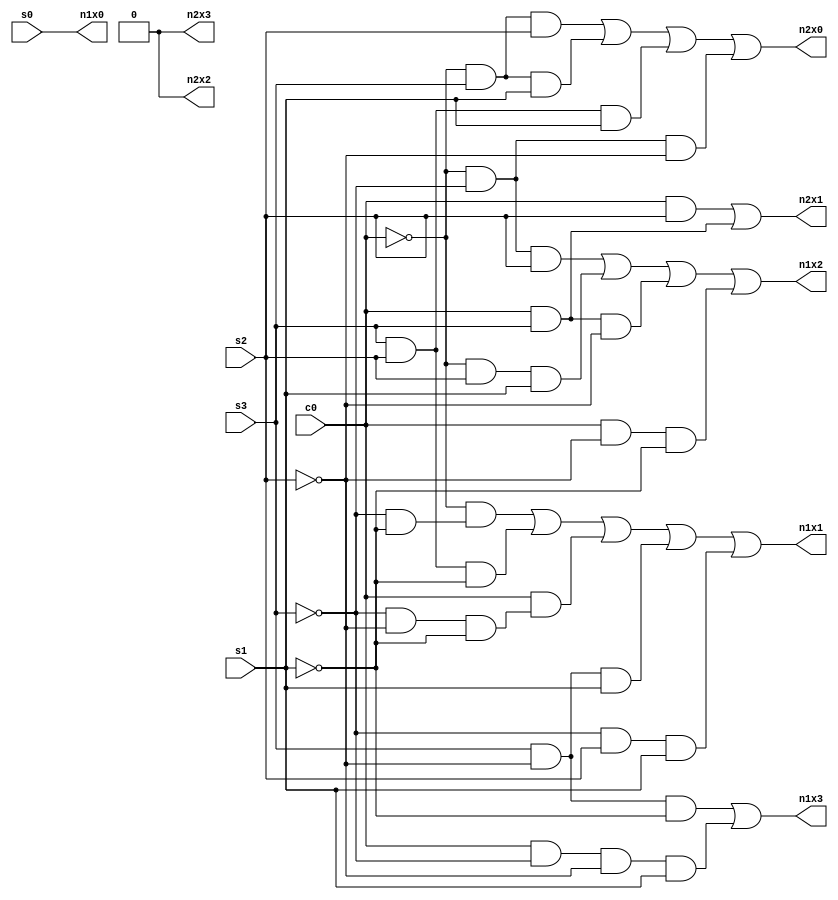
module bcdconvert(c0,s3,s2,s1,s0,n2x0,n2x1,n2x2,n2x3,n1x0,n1x1,n1x2,n1x3);
input c0,s1,s2,s3,s0;
output n2x0,n2x1,n2x2,n2x3,n1x0,n1x1,n1x2,n1x3;
assign n2x3=0;
assign n2x2=0;
assign n2x1 = ((c0 && s2)||(c0 && s3));
assign n2x0 = ((~c0 && s3 && s2) || (~c0 && s3 && s1) || (s3 && s2 && s1) || (~c0 && ~s3 && ~s2));
assign n1x3 = ((s3 && ~s2 && ~s1) ||  (c0 && ~s3 && ~s2 && s1));
assign n1x2 = ~c0 && ~s3 && s2 || ~c0 && s2 && s1 || c0 && s3 && ~s2 || c0 && ~s2 && ~s1;
assign n1x1 = ~c0 && (~s3 && ~s1) || (s3 && s2 && ~s1) || c0 && (~s3 && ~s2 && ~s1) || (s3 && ~s2 && s1) || (~s3 && s2 && s1);
assign n1x0 = s0;
endmodule